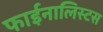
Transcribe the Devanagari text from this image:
फाईनालिस्टस